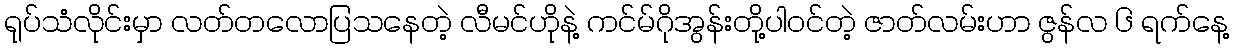
ရုပ်သံလိုင်းမှာ လတ်တလောပြသနေတဲ့ လီမင်ဟိုနဲ့ ကင်မ်ဂိုအွန်းတို့ပါဝင်တဲ့ ဇာတ်လမ်းဟာ ဇွန်လ ၆ ရက်နေ့